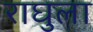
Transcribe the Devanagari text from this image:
राघुला